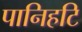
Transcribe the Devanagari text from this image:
पानिहटि